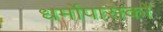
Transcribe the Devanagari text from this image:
धर्मोपासकों